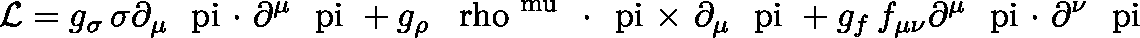
{ \cal L } = g _ { \sigma } \, \sigma \partial _ { \mu } \mathrm { \boldmath ~ { \ p i ~ { \cdot } } ~ } \partial ^ { \mu } \mathrm { \boldmath ~ { \ p i } ~ } + g _ { \rho } \, \mathrm { \boldmath ~ { \ r h o } ^ { \ m u } ~ } \mathrm { \boldmath ~ { \cdot ~ \ p i ~ { \times } } ~ } \partial _ { \mu } \mathrm { \boldmath ~ { \ p i } ~ } + g _ { f } \, f _ { \mu \nu } \partial ^ { \mu } \mathrm { \boldmath ~ { \ p i ~ { \cdot } } ~ } \partial ^ { \nu } \mathrm { \boldmath ~ { \ p i } ~ }